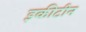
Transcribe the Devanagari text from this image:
इकीटीन